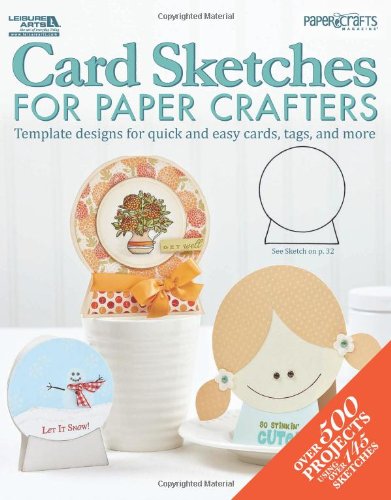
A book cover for Card Sketches for Paper Crafters; The editors of Paper Crafts magazine; Crafts, Hobbies & Home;